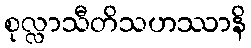
စုလ္လာသီတိသဟဿာနိ